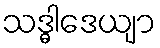
သဒ္ဓါဒေယျာ